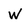
Character: W